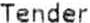
TENDER